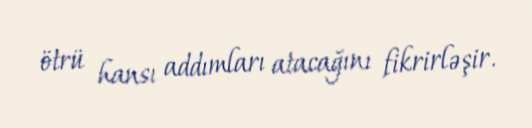
ötrü hansı addımları atacağını fikrirləşir.